38_143685_box_Incident_Summaries_101-172
Agency: Department of War
Page 170
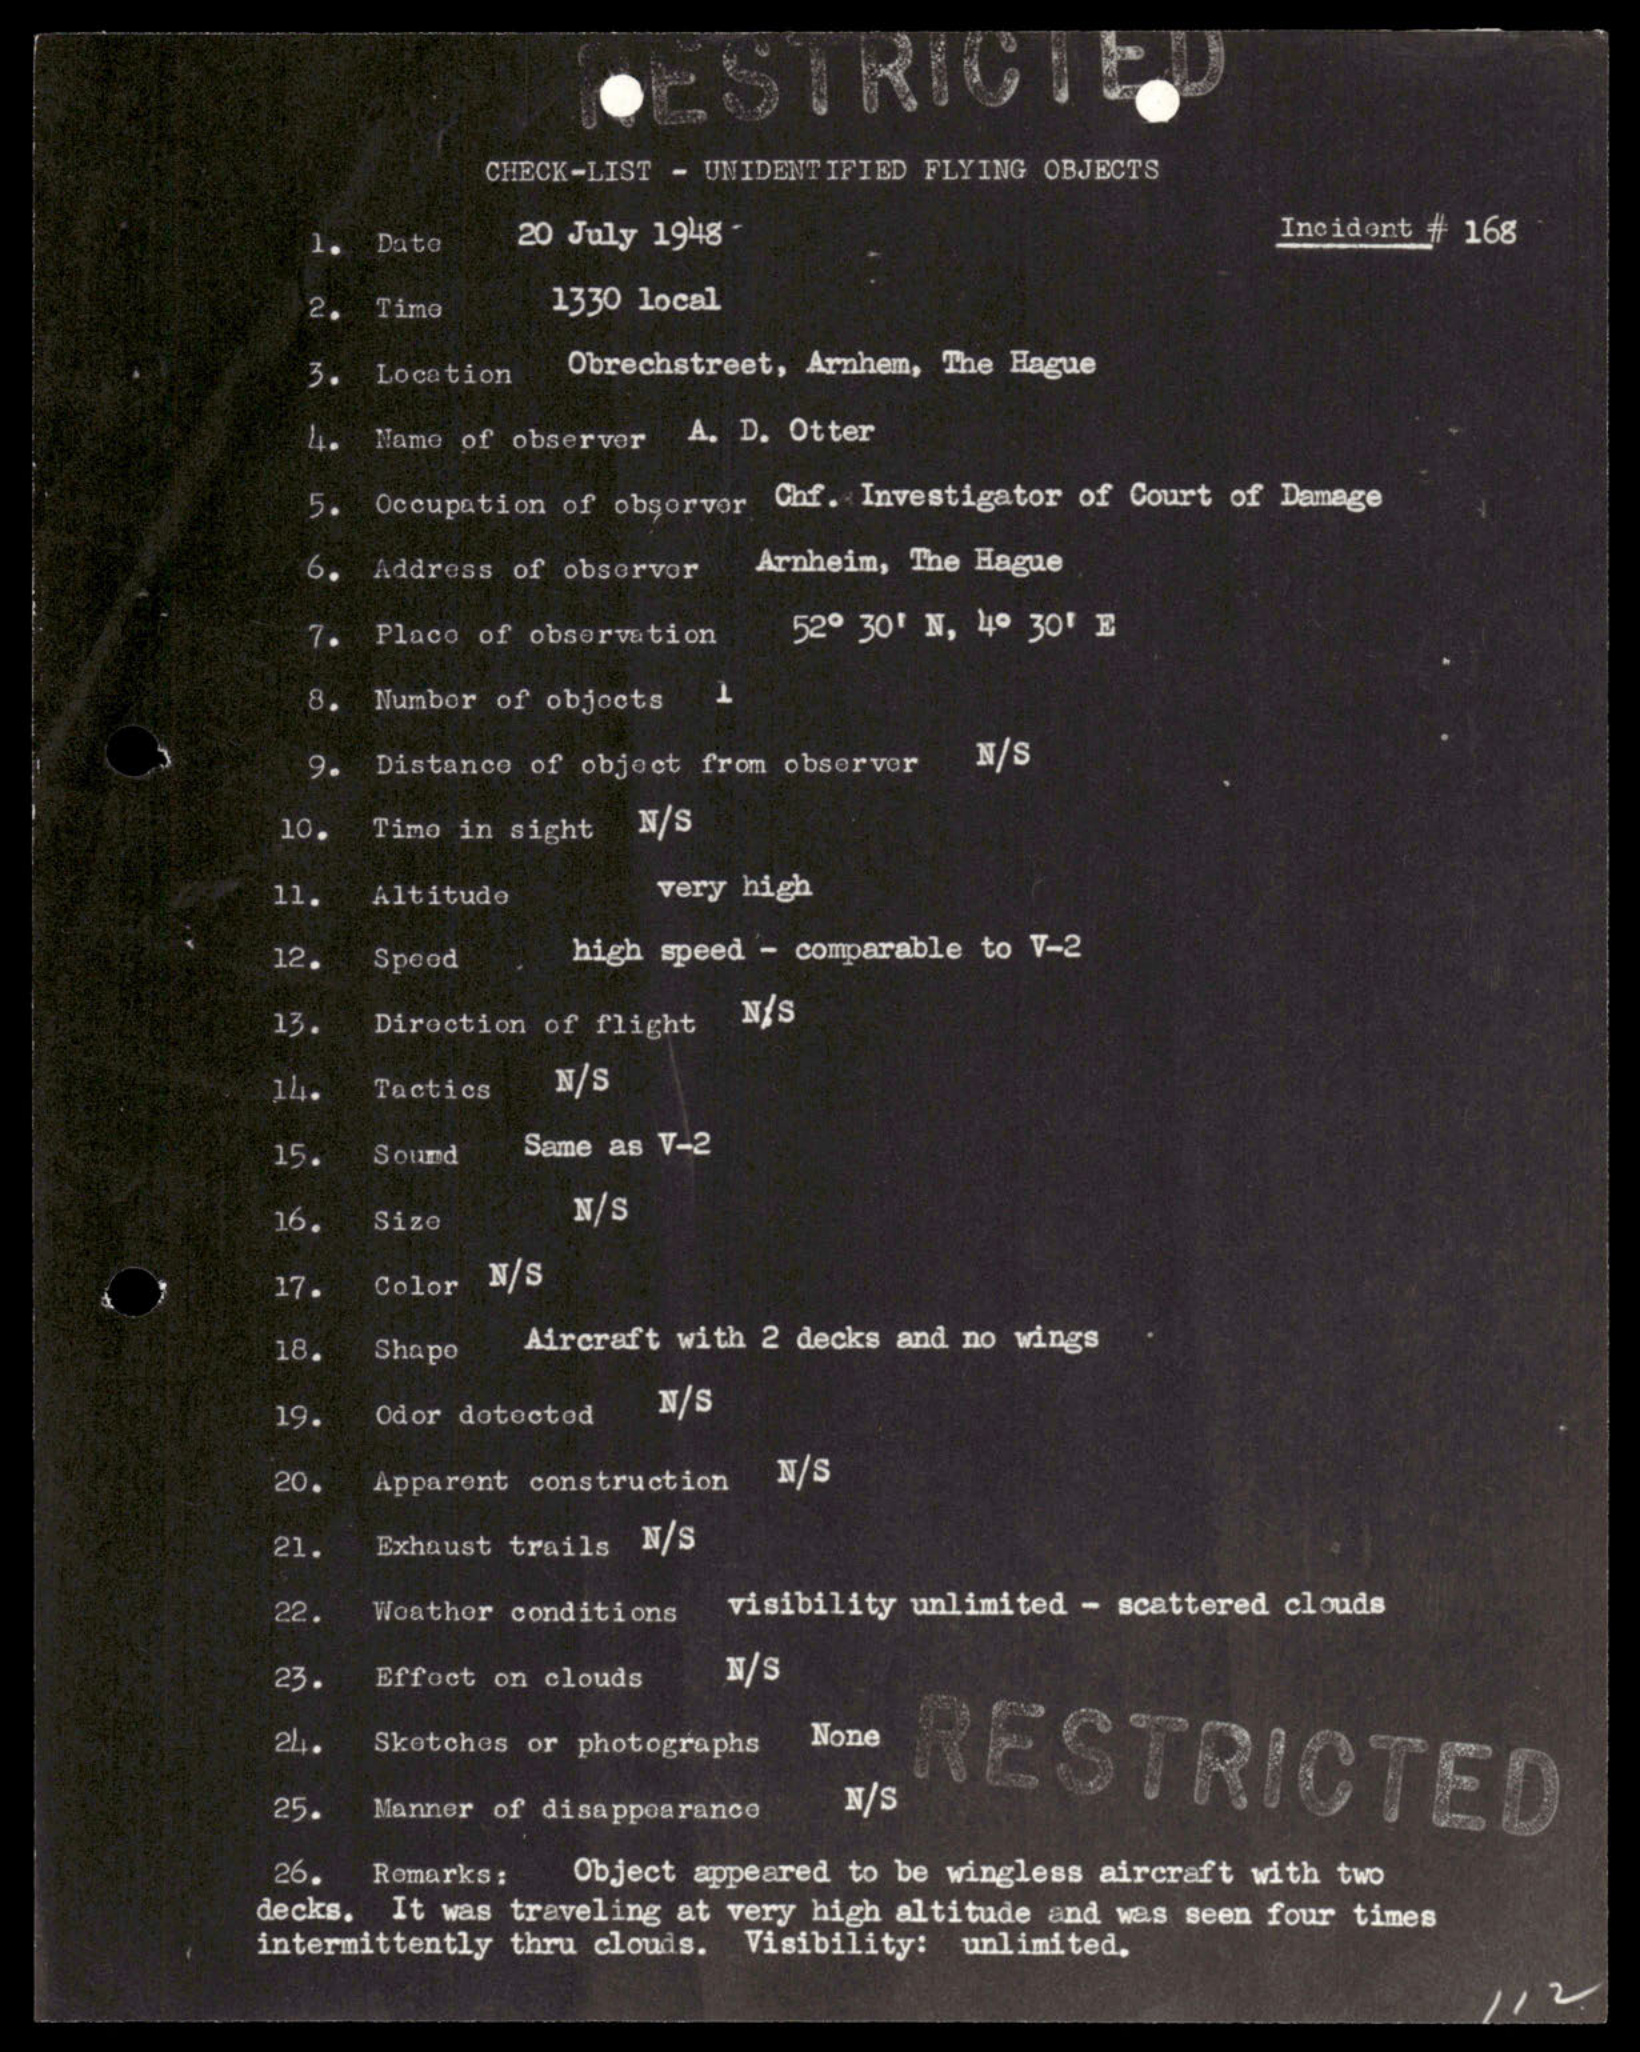